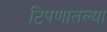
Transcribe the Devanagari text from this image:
टिपणातल्या